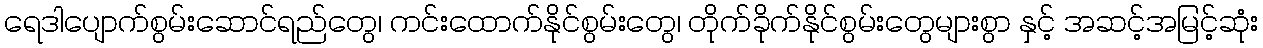
ရေဒါပျောက်စွမ်းဆောင်ရည်တွေ၊ ကင်းထောက်နိုင်စွမ်းတွေ၊ တိုက်ခိုက်နိုင်စွမ်းတွေများစွာ နှင့် အဆင့်အမြင့်ဆုံး